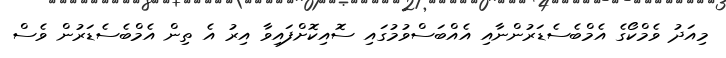
މިއަދު ވެމްކޯގެ އެމްބެސެޑަރުންނާއި އެއްބަސްވުމުގައި ސޮއިކޮށްފައިވާ އިރު އެ ތިން އެމްބެސެޑަރުން ވެސް